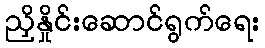
ညှိနှိုင်းဆောင်ရွက်ရေး